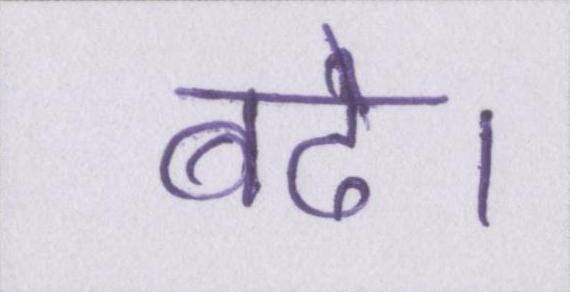
बढे।